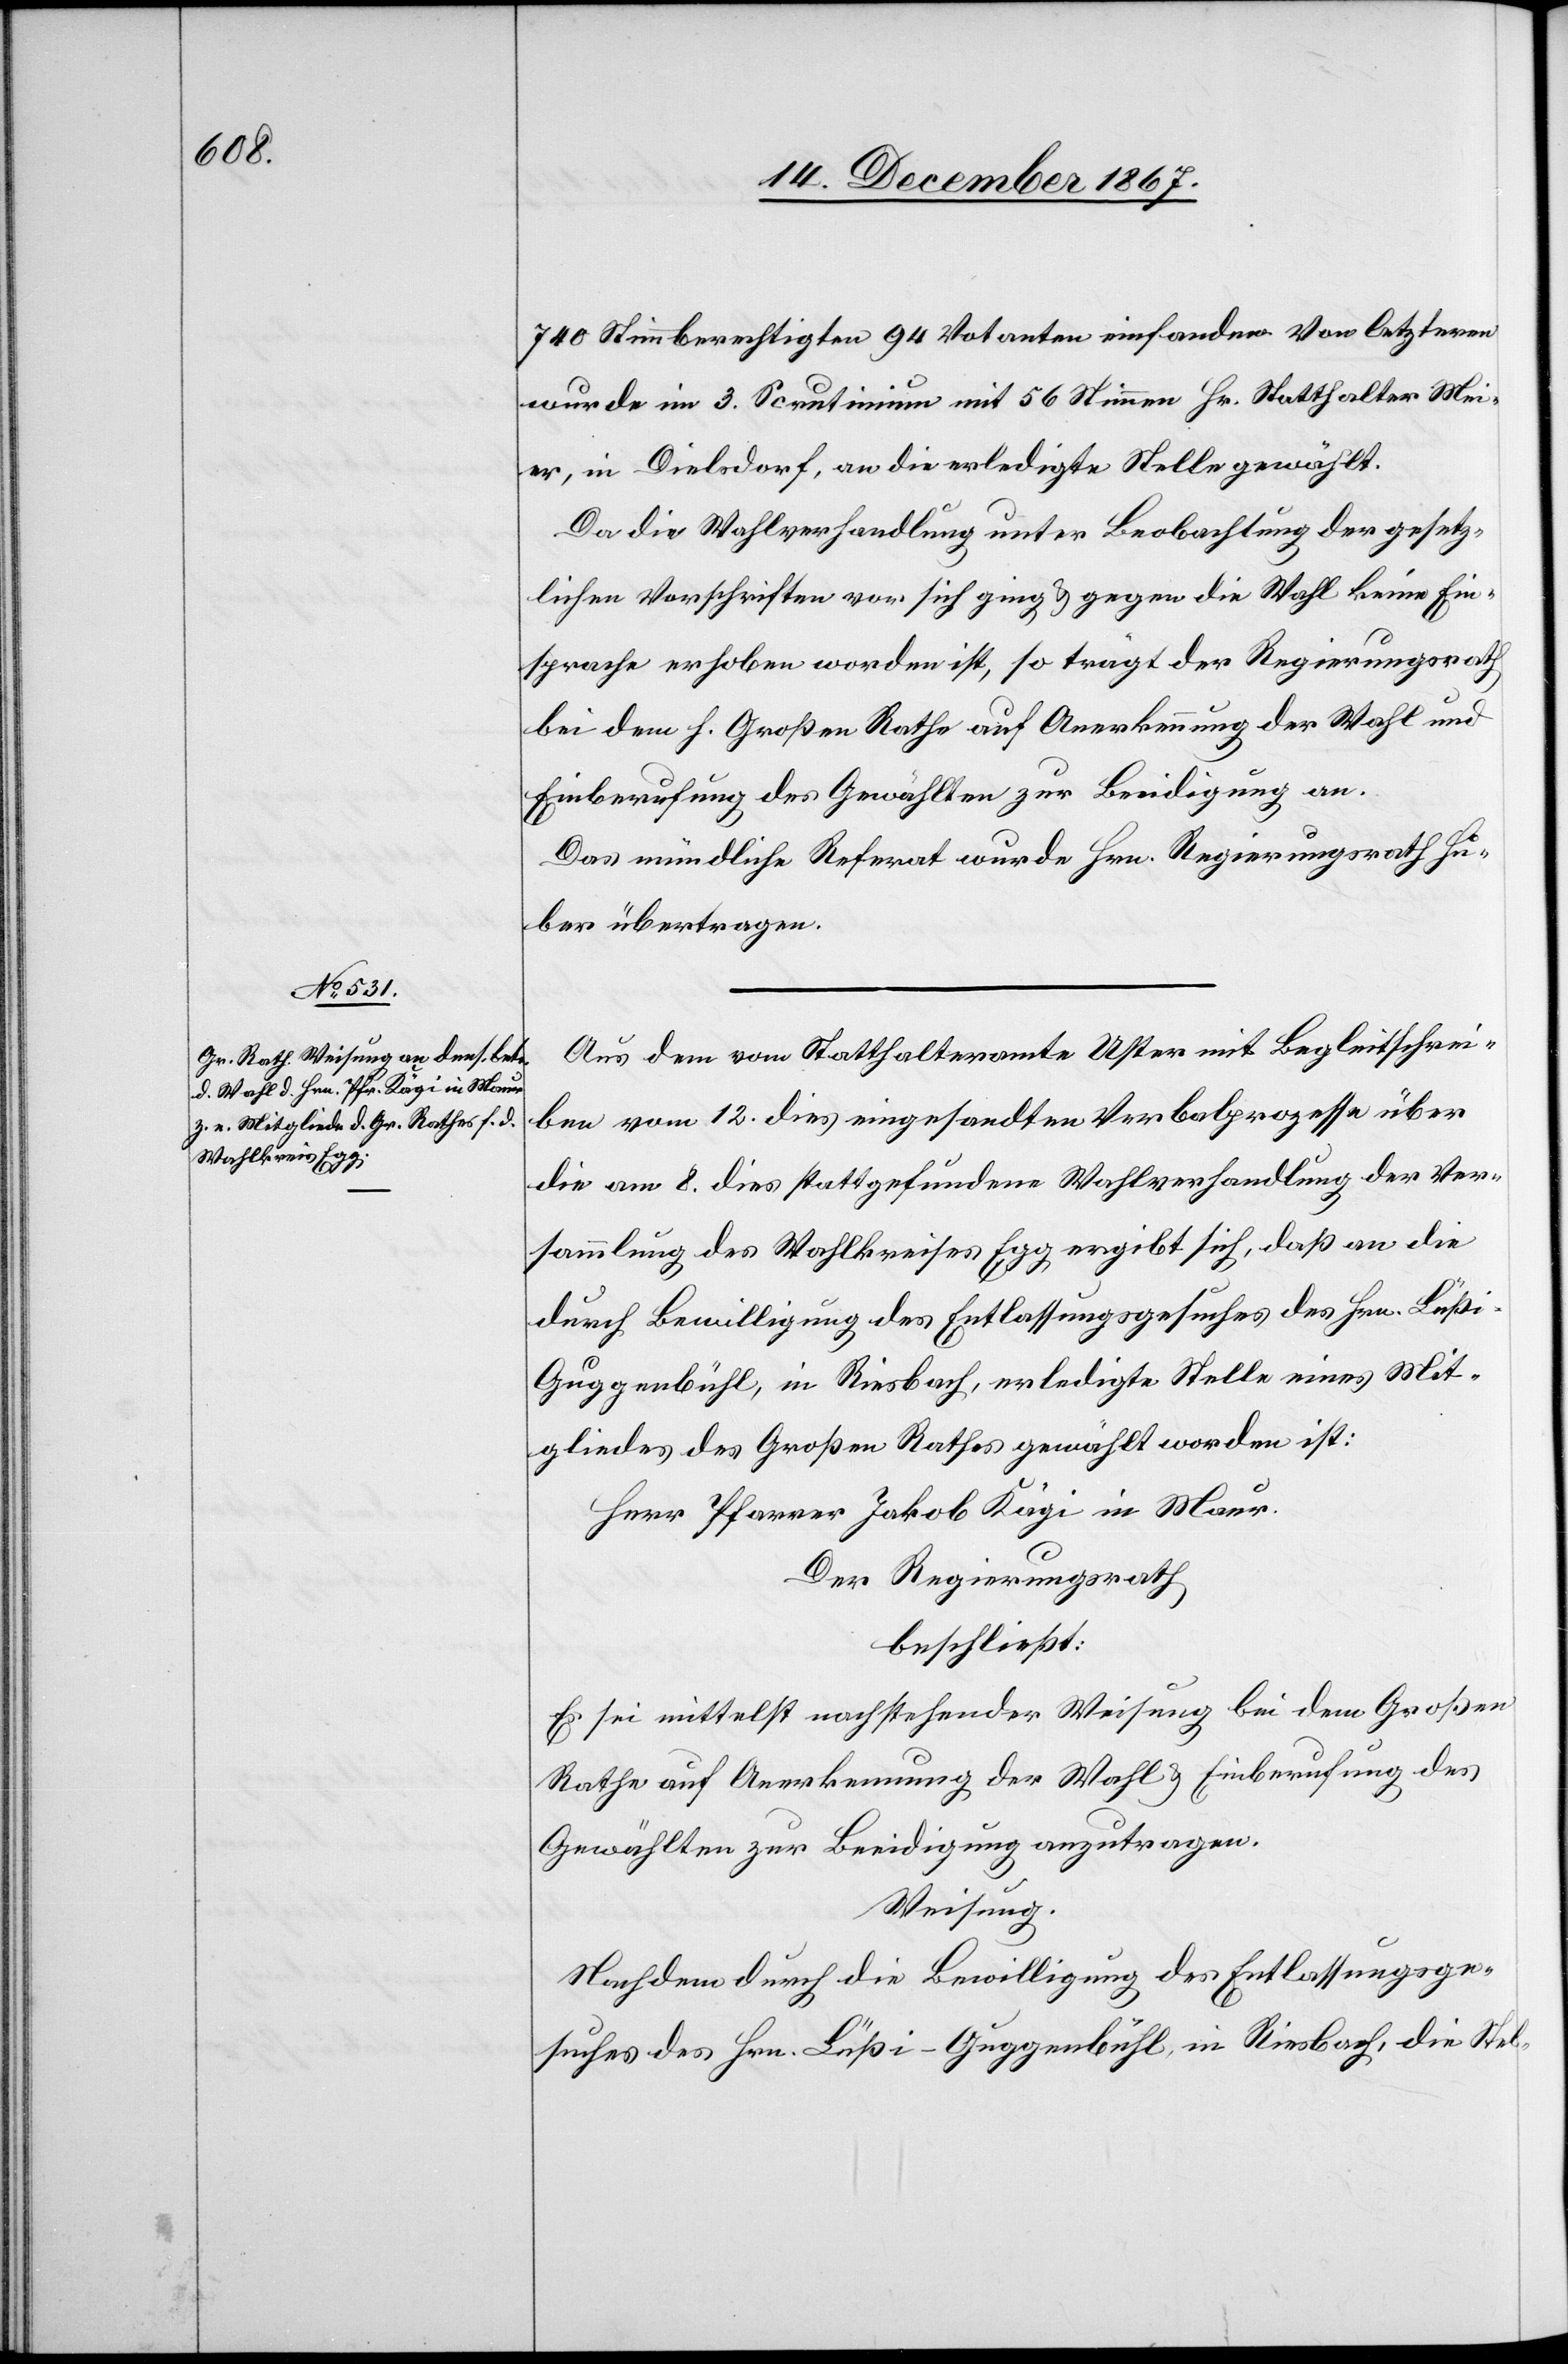
740 Stimmberechtigten 94 Votanten einfanden. Von letztern
wurde im 3. Scrutinium mit 56 Stimmen Hr. Statthalter Mei¬
er, in Dielsdorf, an die erledigte Stelle gewählt.
Da die Wahlverhandlung unter Beobachtung der gesetz¬
lichen Vorschriften vor sich ging u. gegen die Wahl keine Ein¬
sprache erhoben worden ist. so trägt der Regierungsrath
bei dem h. Großen Rathe auf Anerkennung der Wahl und
Einberufung des Gewählten zur Beeidigung an.
Das mündliche Referat wurde Hrn. Regierungsrath Hu¬
ber übertragen.
Aus dem vom Statthalteramte Uster mit Begleitschrei¬
ben vom 12. dies eingesandten Verbalprozesse über
die am 8. dies stattgefundene Wahlverhandlung der Ver¬
sammlung des Wahlkreises Egg ergibt sich, daß an die
durch Bewilligung des Entlassungsgesuches des Hrn. Lüßi¬
g-Guggenbühl, in Riesbach, erledigte Stelle eines Mit¬
gliedes des Großen Rathes gewählt worden ist:
Herr Pfarrer Jakob Kägi in Maur.
Der Regierungsrath,
beschließt:
Es sei mittelst nachstehender Weisung bei dem Großen
Rathe auf Anerkennung der Wahl u. Einberufung des
Gewählt zur Beeidigung anzutragen.
Weisung.
Nachdem durch die Bewilligung des Entlassungsge¬
suches des Hrn. Lüßi-Güggenbühl, in Riesbach, die Stel-